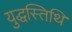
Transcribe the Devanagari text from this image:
युद्धस्तिथि